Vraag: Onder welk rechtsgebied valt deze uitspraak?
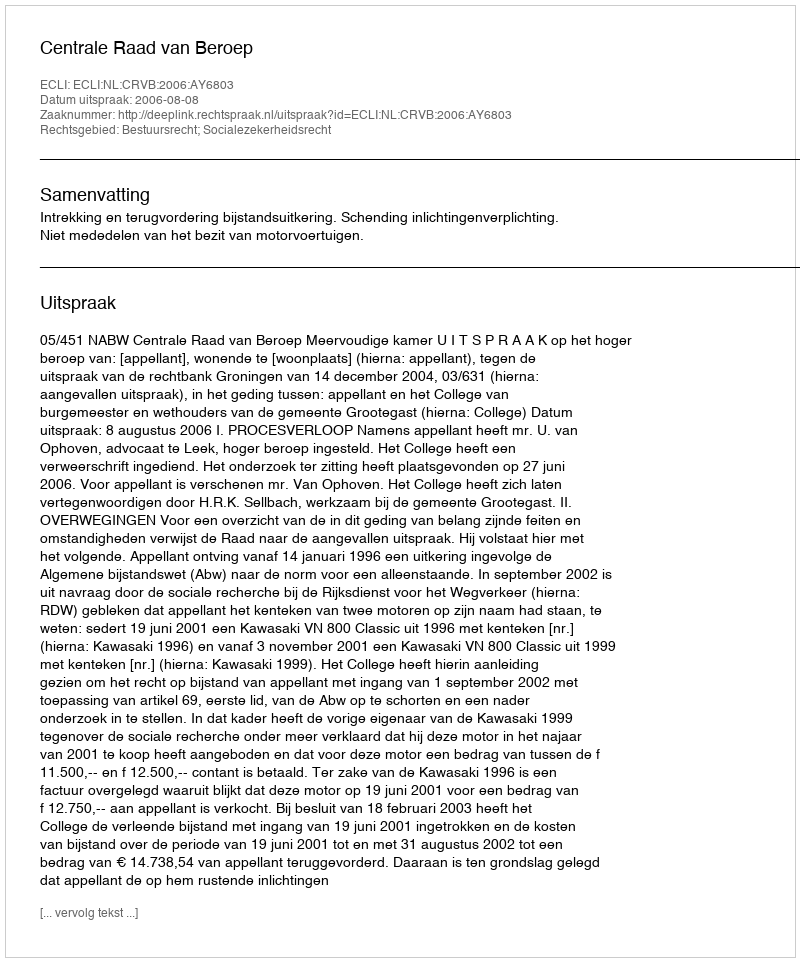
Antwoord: Bestuursrecht; Socialezekerheidsrecht